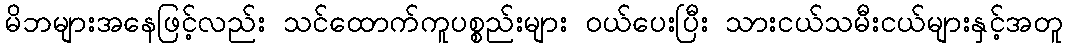
မိဘများအနေဖြင့်လည်း သင်ထောက်ကူပစ္စည်းများ ဝယ်ပေးပြီး သားငယ်သမီးငယ်များနှင့်အတူ